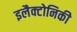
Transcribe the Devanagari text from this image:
इलैक्टोनिकी